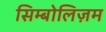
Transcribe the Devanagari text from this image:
सिम्बोलिज़म